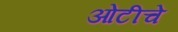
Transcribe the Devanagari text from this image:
ओटीचे